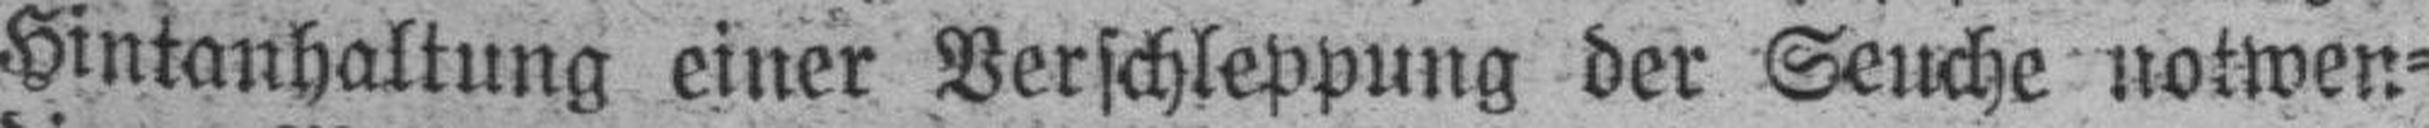
Hintanhaltung einer Verschleppung der Seuche notwen¬